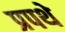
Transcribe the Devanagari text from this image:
प्रपथे